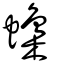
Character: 蟂